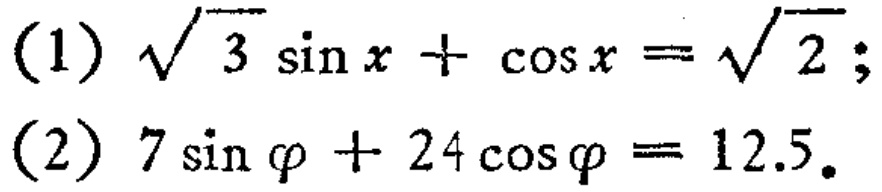
(1) \(\sqrt{3}\sin x+\cos x = \sqrt{2}\);
(2) \(7\sin\varphi+24\cos\varphi = 12.5\).